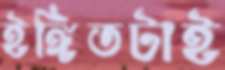
ইঙ্গিতটাই